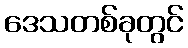
ဒေသတစ်ခုတွင်